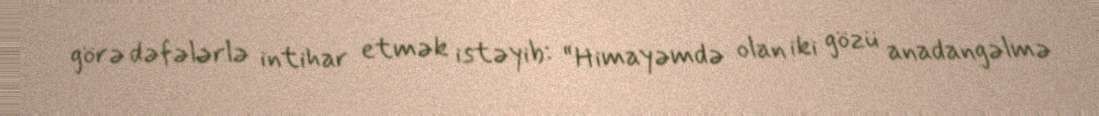
görə dəfələrlə intihar etmək istəyib: “Himayəmdə olan iki gözü anadangəlmə